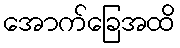
အောက်ခြေအထိ